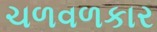
ચળવળકાર